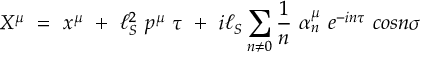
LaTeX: X ^ { \mu } ~ = ~ x ^ { \mu } ~ + ~ \ell _ { S } ^ { 2 } ~ p ^ { \mu } ~ \tau ~ + ~ i \ell _ { S } \sum _ { n \ne 0 } \frac { 1 } { n } ~ \alpha _ { n } ^ { \mu } ~ e ^ { - i n \tau } ~ c o s n \sigma